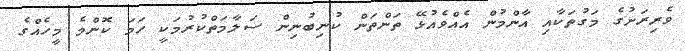
ވެރިރަށުގެ މަގުތަކާއި އާންމުން އެއްވެއުޅޭ ތަންތަން ކުނިބުނިން ސަލާމަތްކުރުމަކީ ހަމަ ކޮންމެ މީހެއްގެ